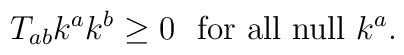
T_{ab} k^a k^b \geq 0~~\mbox{for all null}~k^a.